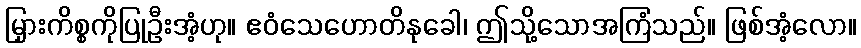
မြှားကိစ္စကိုပြုဦးအံ့ဟု။ ဧဝံသေဟောတိနုခေါ၊ ဤသို့သောအကြံသည်။ ဖြစ်အံ့လော။